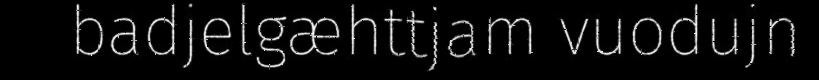
badjelgæhttjam vuodujn